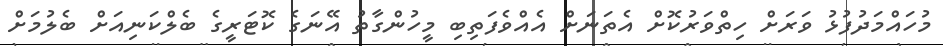
މުހައްމަދުފުޅު ވަރަށް ހިތްވަރުކޮށް އެތަނަށް އެއްވެފަތިބި މީހުންގާތު އޭނަގެ ކޮޓަރީގެ ބެލްކަނިއަށް ބެލުމަށް